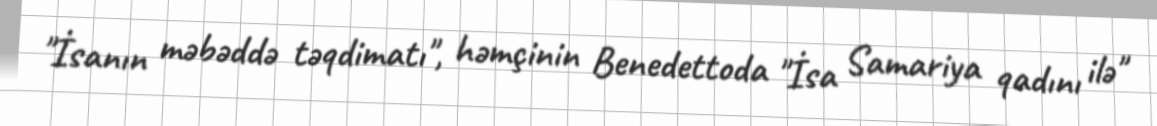
"İsanın məbəddə təqdimatı", həmçinin Benedettoda "İsa Samariya qadını ilə"